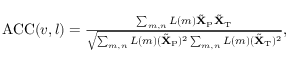
\begin{array} { r } { \operatorname { A C C } ( v , l ) = \frac { \sum _ { m , n } L ( m ) \tilde { \mathbf { X } } _ { \mathrm { P } } \tilde { \mathbf { X } } _ { \mathrm { T } } } { \sqrt { \sum _ { m , n } { L } ( m ) ( \tilde { \mathbf { X } } _ { \mathrm { P } } ) ^ { 2 } \sum _ { m , n } { L } \left( m \right) ( \tilde { \mathbf { X } } _ { \mathrm { T } } ) ^ { 2 } } } , } \end{array}